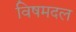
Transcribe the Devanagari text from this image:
विषमदल